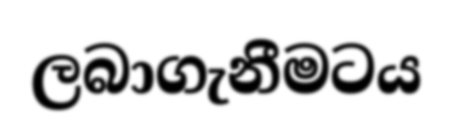
ලබාගැනීමටය